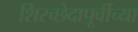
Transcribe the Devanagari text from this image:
शिरच्छेदापूर्वीच्या